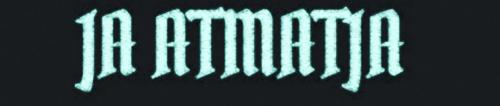
JA ATMATJA